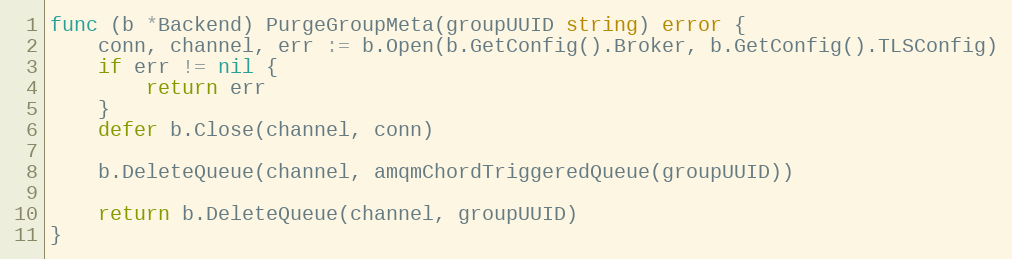
Language: Go
func (b *Backend) PurgeGroupMeta(groupUUID string) error {
	conn, channel, err := b.Open(b.GetConfig().Broker, b.GetConfig().TLSConfig)
	if err != nil {
		return err
	}
	defer b.Close(channel, conn)

	b.DeleteQueue(channel, amqmChordTriggeredQueue(groupUUID))

	return b.DeleteQueue(channel, groupUUID)
}